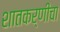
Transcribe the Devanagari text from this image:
शातकर्णीचा